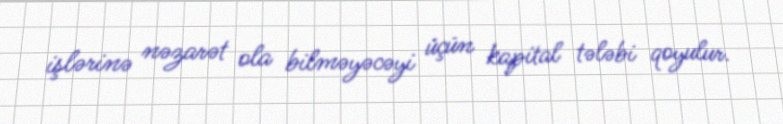
işlərinə nəzarət ola bilməyəcəyi üçün kapital tələbi qoyulur.